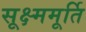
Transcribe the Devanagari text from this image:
सूक्ष्ममूर्ति